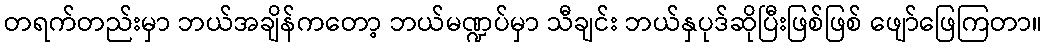
တရက်တည်းမှာ ဘယ်အချိန်ကတော့ ဘယ်မဏ္ဍပ်မှာ သီချင်း ဘယ်နှပုဒ်ဆိုပြီးဖြစ်ဖြစ် ဖျော်ဖြေကြတာ။